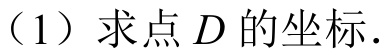
(1) 求点 \(D\) 的坐标.